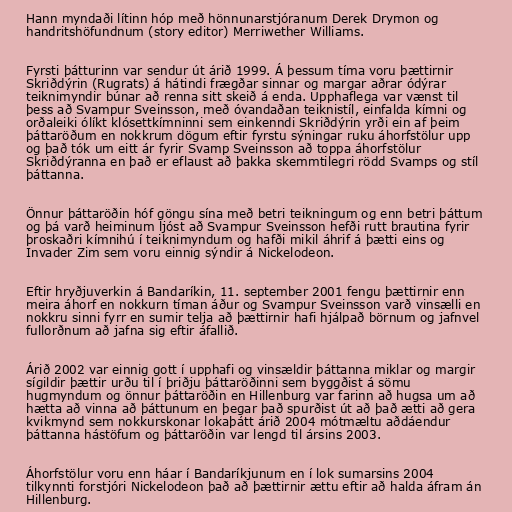
Hann myndaði lítinn hóp með hönnunarstjóranum Derek Drymon og
handritshöfundnum (story editor) Merriwether Williams.

Fyrsti þátturinn var sendur út árið 1999. Á þessum tíma voru þættirnir
Skriðdýrin (Rugrats) á hátindi frægðar sinnar og margar aðrar ódýrar
teiknimyndir búnar að renna sitt skeið á enda. Upphaflega var vænst til
þess að Svampur Sveinsson, með óvandaðan teiknistíl, einfalda kímni og
orðaleiki ólíkt klósettkímninni sem einkenndi Skriðdýrin yrði ein af þeim
þáttaröðum en nokkrum dögum eftir fyrstu sýningar ruku áhorfstölur upp
og það tók um eitt ár fyrir Svamp Sveinsson að toppa áhorfstölur
Skriðdýranna en það er eflaust að þakka skemmtilegri rödd Svamps og stíl
þáttanna.

Önnur þáttaröðin hóf göngu sína með betri teikningum og enn betri þáttum
og þá varð heiminum ljóst að Svampur Sveinsson hefði rutt brautina fyrir
þroskaðri kímnihú í teiknimyndum og hafði mikil áhrif á þætti eins og
Invader Zim sem voru einnig sýndir á Nickelodeon.

Eftir hryðjuverkin á Bandaríkin, 11. september 2001 fengu þættirnir enn
meira áhorf en nokkurn tíman áður og Svampur Sveinsson varð vinsælli en
nokkru sinni fyrr en sumir telja að þættirnir hafi hjálpað börnum og jafnvel
fullorðnum að jafna sig eftir áfallið.

Árið 2002 var einnig gott í upphafi og vinsældir þáttanna miklar og margir
sígildir þættir urðu til í þriðju þáttaröðinni sem byggðist á sömu
hugmyndum og önnur þáttaröðin en Hillenburg var farinn að hugsa um að
hætta að vinna að þáttunum en þegar það spurðist út að það ætti að gera
kvikmynd sem nokkurskonar lokaþátt árið 2004 mótmæltu aðdáendur
þáttanna hástöfum og þáttaröðin var lengd til ársins 2003.

Áhorfstölur voru enn háar í Bandaríkjunum en í lok sumarsins 2004
tilkynnti forstjóri Nickelodeon það að þættirnir ættu eftir að halda áfram án
Hillenburg.